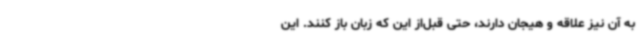
به آن نیز علاقه و هیجان دارند، حتی قبل‌از این که زبان باز کنند. این